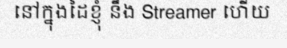
នៅក្នុងដៃខ្ញុំ នឹង Streamer ហើយ